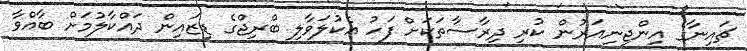
ޗައިނާގެ އިންޖިނިއަރުން ކުރި ދިރާސާތަކަށް ފަހު އެކުލަވާލި ބްރިޖްގެ ޑިޒައިން ދައްކާލުމަށް ބާއްވާ